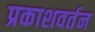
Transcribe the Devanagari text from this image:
प्रकाशवर्तन